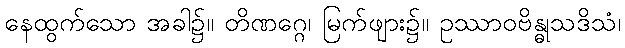
နေထွက်သော အခါ၌။ တိဏဂ္ဂေ၊ မြက်ဖျား၌။ ဥဿာဝဗိန္ဓုသဒိသံ၊